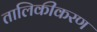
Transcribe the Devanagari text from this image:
तालिकीकरण